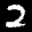
Label: 2